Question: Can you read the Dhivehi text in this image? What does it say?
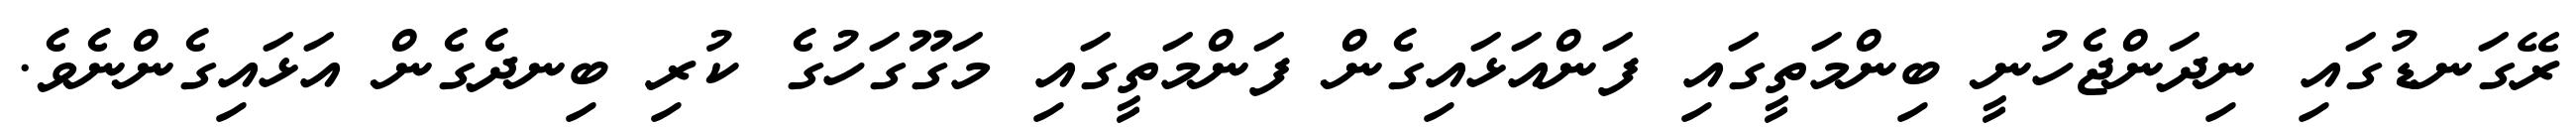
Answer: ރޭގަނޑުގައި ނިދަންޖެހުނީ ބިންމަތީގައި ފަންއަޅައިގެން ފަންމަތީގައި މަގޫގަހުގެ ކުރި ބިނދެގެން އަޅައިގެންނެވެ.